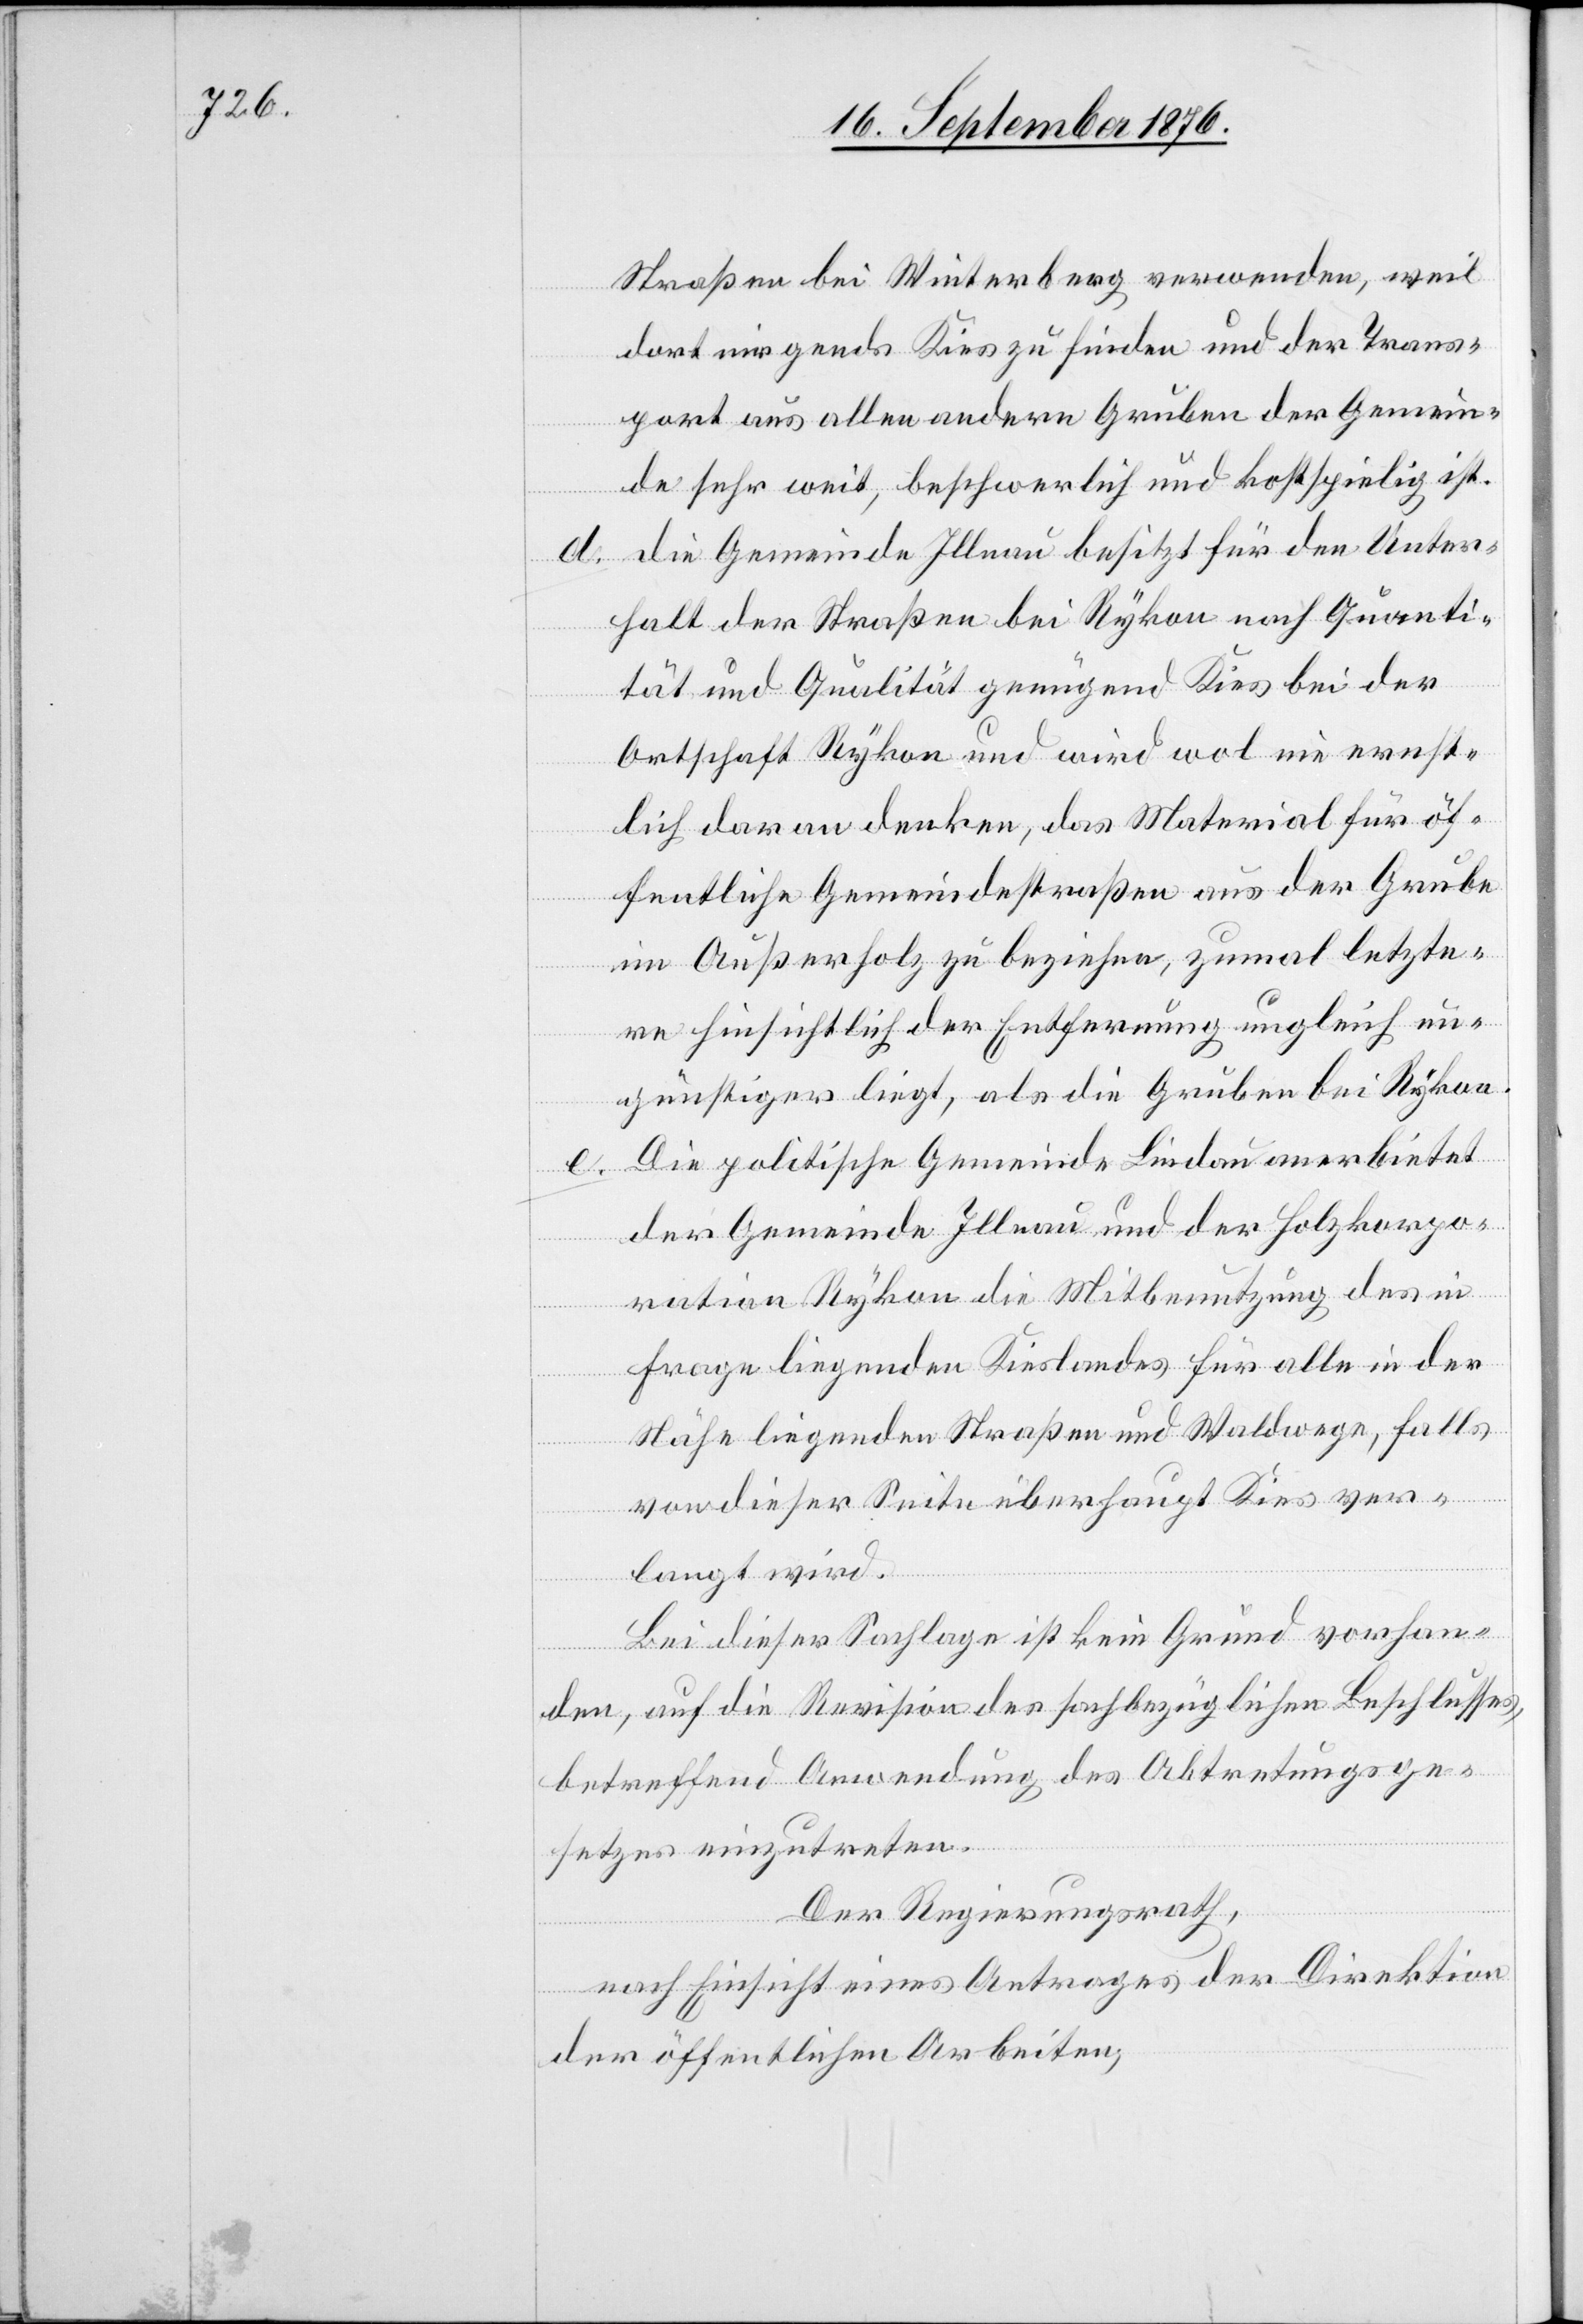
d.

Straßen bei Winterberg verwenden, weil
dort nirgends Kies zu finden und der Trans¬
port aus allen andern Gruben der Gemein¬
de sehr weit, beschwerlich und kostspielig ist.
die Gemeinde Illnau besitzt für den Unter¬
halt der Straßen bei Rykon nach Quanti¬
tät und Qualität genügend Kies bei der
Ortschaft Rykon und wird wol nie ernst¬
lich daran denken, das Material für öf¬
fentliche Gemeindestraßen aus der Grube
im Außerholz zu beziehen, zumal letzte¬
re hinsichtlich der Entfernung ungleich un¬
günstiger liegt, als die Gruben bei Rykon.
Die politische Gemeinde Lindau anerbietet
der Gemeinde Illnau und der Holzkorpo¬
e.
ration Rykon die Mitbenutzung des in
Frage liegenden Kieslandes für alle in der
Nähe liegenden Straßen und Waldwege, falls
von dieser Seite überhaupt Kies ver¬
langt wird.
Bei dieser Sachlage ist kein Grund vorhan¬
den, auf die Revision des sachbezüglichen Beschlusses,
betreffend Anwendung des Abtretungsge¬
setzes einzutreten.
Der Regierungsrath,
nach Einsicht eines Antrages der Direktion
der öffentlichen Arbeiten,